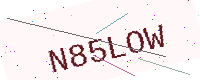
Text: N85LOW